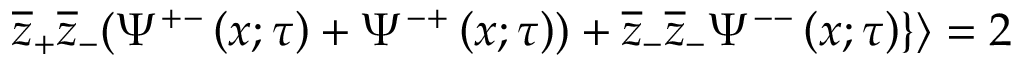
\overline { { { z } } } _ { + } \overline { { { z } } } _ { - } ( \Psi ^ { + - } \left( x ; \tau \right) + \Psi ^ { - + } \left( x ; \tau \right) ) + \overline { { { z } } } _ { - } \overline { { { z } } } _ { - } \Psi ^ { -- } \left( x ; \tau \right) \} \rangle = 2